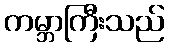
ကမ္ဘာကြီးသည်